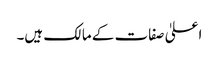
اعلیٰ صفات کے مالک ہیں۔